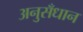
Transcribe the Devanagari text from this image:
अनुसँधान